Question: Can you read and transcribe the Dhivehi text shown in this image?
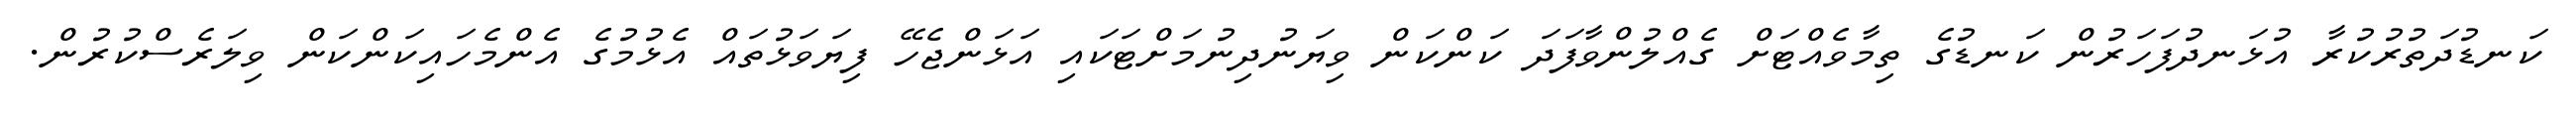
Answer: ކަނޑުދަތުރުކުރާ އުޅަނދުފަހަރުން ކަނޑުގެ ތިމާވެއްޓަށް ގެއްލުންވާފަދަ ކަންކަން ވިޔަނުދިނުމަށްޓަކައި އަޅަންޖެހޭ ފިޔަވަޅުތައް އެޅުމުގެ އެންމެހައިކަންކަން ވިލަރެސްކުރުން.